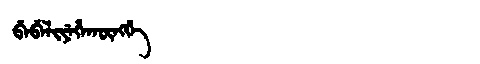
Manchu: ᠪᡝᠪᡝᠯᡳᠶᡝᡥᠠᡴᡡᠩᡤᡝ
Romanization: BEBELIYEHAKŪNGGE